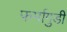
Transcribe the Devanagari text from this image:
फर्मागुडी